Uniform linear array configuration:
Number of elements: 24
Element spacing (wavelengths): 0.5
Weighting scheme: hamming
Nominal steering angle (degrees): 30
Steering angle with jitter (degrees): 28.217
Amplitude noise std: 0.05
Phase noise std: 0.05

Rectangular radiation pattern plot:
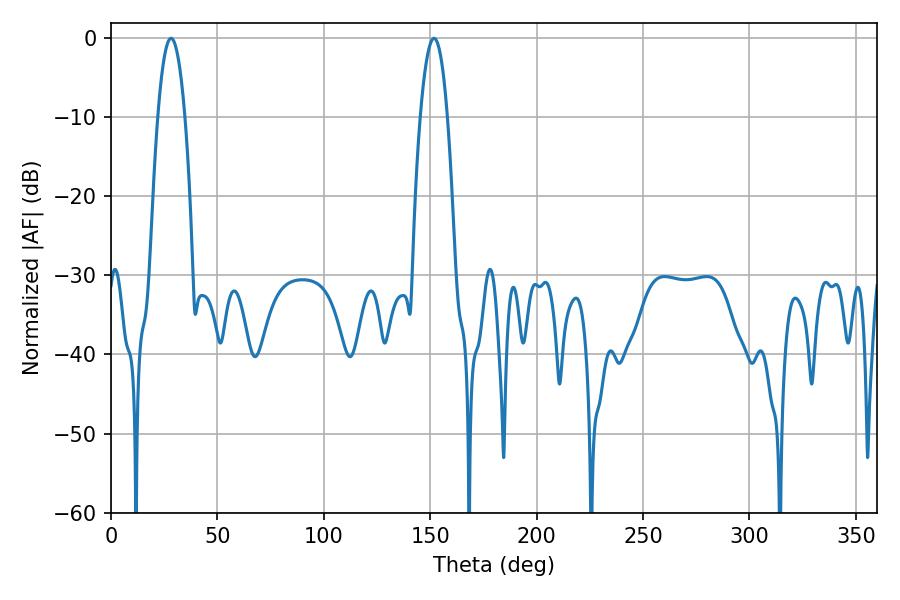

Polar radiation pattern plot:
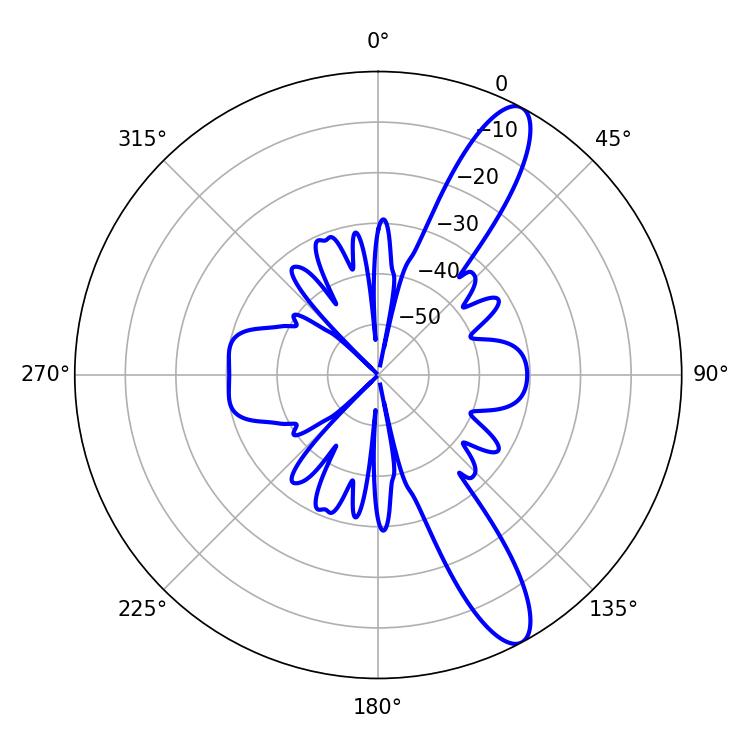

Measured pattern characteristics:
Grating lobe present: FALSE
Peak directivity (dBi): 12.042
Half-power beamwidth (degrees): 7.2
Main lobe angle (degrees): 151.74